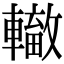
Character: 𨏁